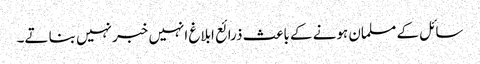
سائل کے مسلمان ہونے کے باعث ذرائع ابلاغ انہیں خبر نہیں بنا تے۔